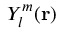
Y _ { l } ^ { m } ( \mathbf { r } )